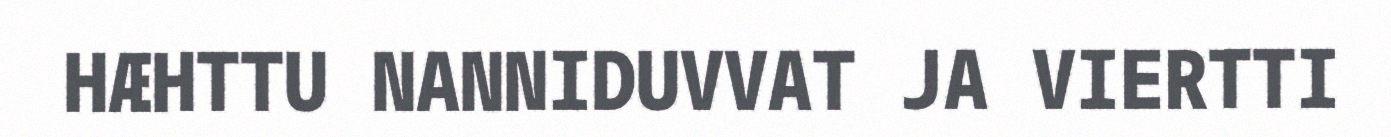
HÆHTTU NANNIDUVVAT JA VIERTTI